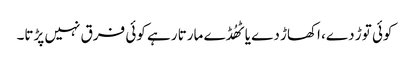
کوئی توڑ دے، اکھاڑ دے یا ٹھُڈے مارتا رہے کوئی فرق نہیں پڑتا۔